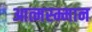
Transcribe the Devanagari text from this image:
आत्मस्म्मान